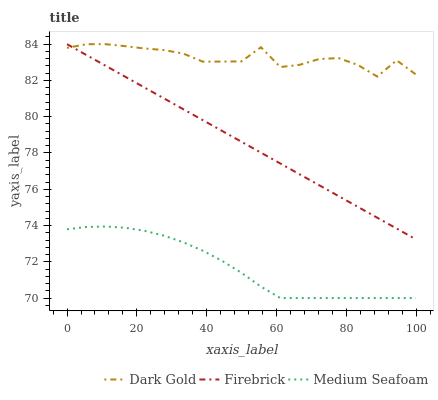
| xaxis_label | Dark Gold | Firebrick | Medium Seafoam |
 | --- | --- | --- | --- |
 | 0 | 83.8 | 84 | 73.8 |
 | 5.56 | 84 | 83.4 | 73.9 |
 | 11.1 | 84 | 82.8 | 73.9 |
 | 16.7 | 83.9 | 82.2 | 73.9 |
 | 22.2 | 83.8 | 81.6 | 73.7 |
 | 27.8 | 83.7 | 81 | 73.4 |
 | 33.3 | 83.5 | 80.4 | 73.1 |
 | 38.9 | 83 | 79.8 | 72.6 |
 | 44.4 | 83 | 79.2 | 72.1 |
 | 50 | 83.1 | 78.6 | 71.4 |
 | 55.6 | 83.8 | 78 | 70.6 |
 | 61.1 | 82.7 | 77.4 | 70 |
 | 66.7 | 82.9 | 76.8 | 70 |
 | 72.2 | 83.2 | 76.2 | 70 |
 | 77.8 | 83.2 | 75.6 | 70 |
 | 83.3 | 82.9 | 75 | 70 |
 | 88.9 | 82.2 | 74.4 | 70 |
 | 94.4 | 83.1 | 73.8 | 70 |
 | 100 | 82.3 | 73.2 | 70 |